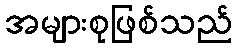
အများစုဖြစ်သည်